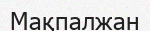
Мақпалжан